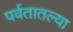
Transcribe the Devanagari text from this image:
पर्वतातल्या